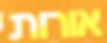
אורות